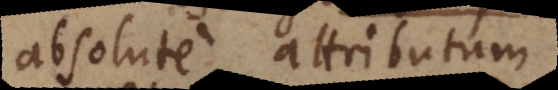
absolute attributum